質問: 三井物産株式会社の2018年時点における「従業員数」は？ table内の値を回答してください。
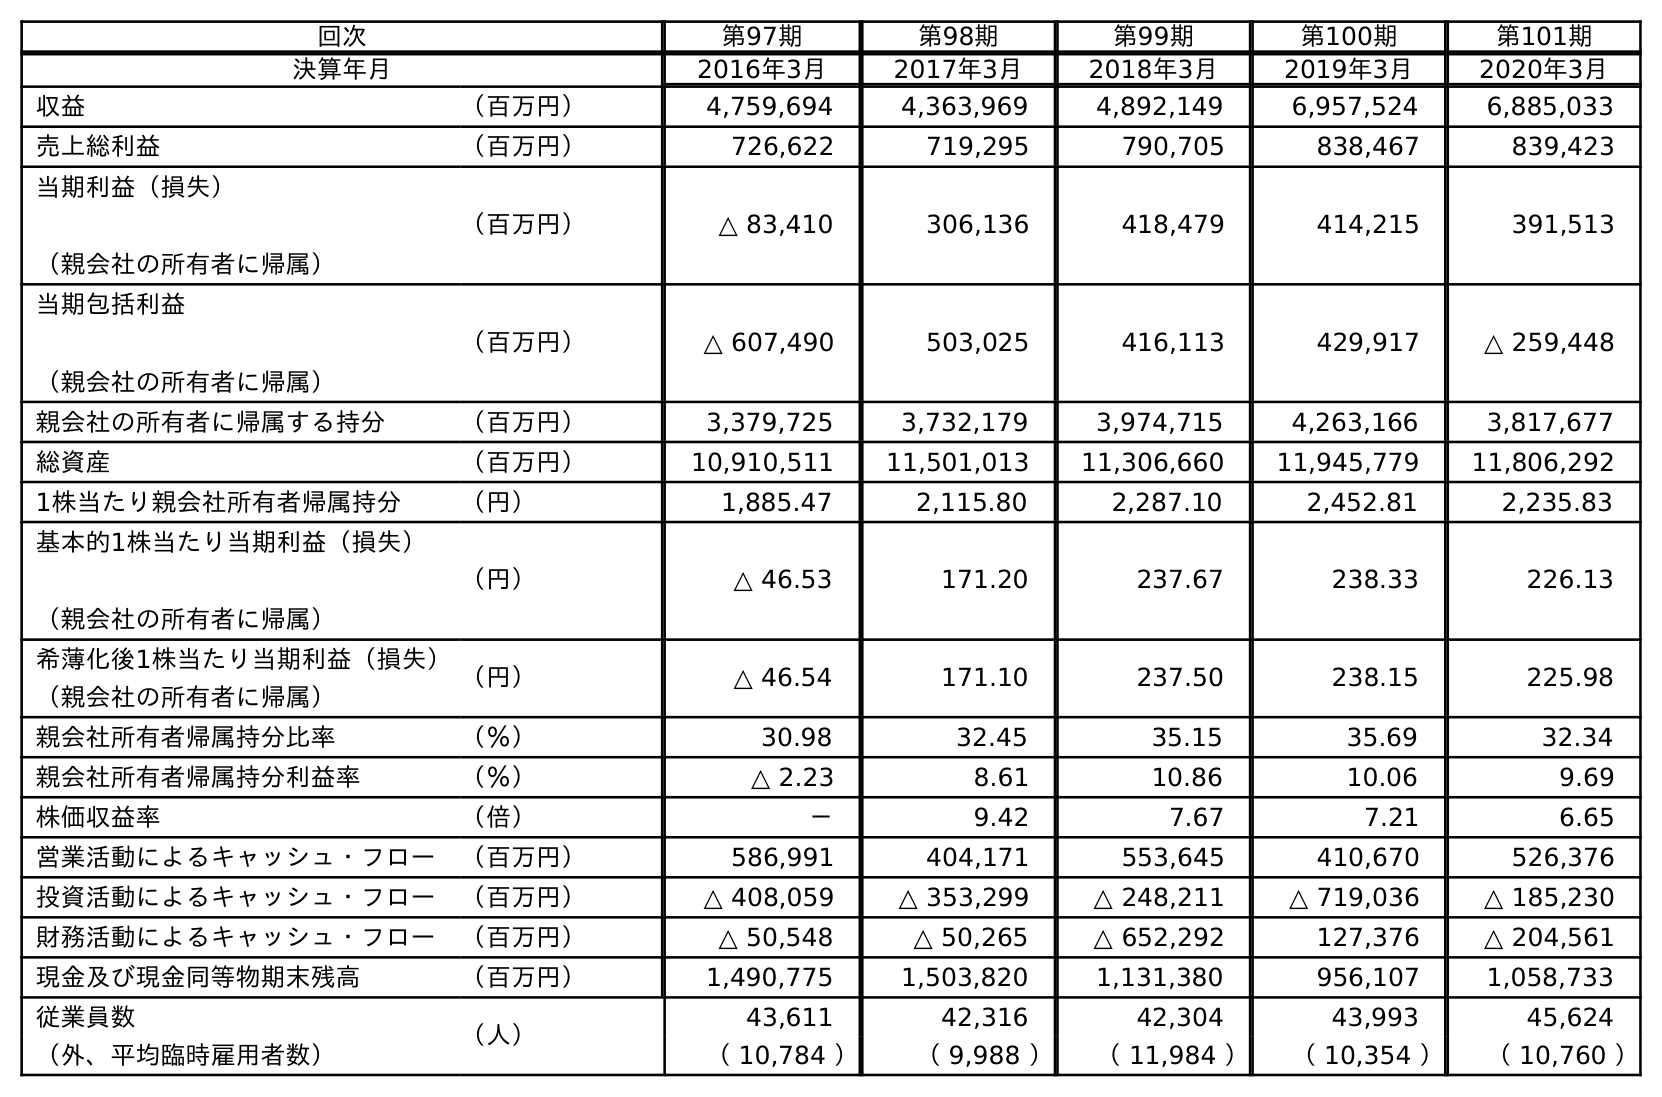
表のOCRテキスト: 回次 第97期 第98期 第99期 第100期 第101期 決算年月 2016年3月 2017年3月 2018年3月 2019年3月 2020年3月 収益 （百万円） 4,759,694 4,363,969 4,892,149 6,957,524 6,885,033 売上総利益 （百万円） 726,622 719,295 790,705 838,467 839,423 当期利益（損失） （親会社の所有者に帰属） （百万円） △ 83,410 306,136 418,479 414,215 391,513 当期包括利益 （親会社の所有者に帰属） （百万円） △ 607,490 503,025 416,113 429,917 △ 259,448 親会社の所有者に帰属する持分 （百万円） 3,379,725 3,732,179 3,974,715 4,263,166 3,817,677 総資産 （百万円） 10,910,511 11,501,013 11,306,660 11,945,779 11,806,292 1株当たり親会社所有者帰属持分 （円） 1,885.47 2,115.80 2,287.10 2,452.81 2,235.83 基本的1株当たり当期利益（損失） （親会社の所有者に帰属） （円） △ 46.53 171.20 237.67 238.33 226.13 希薄化後1株当たり当期利益（損失） （親会社の所有者に帰属） （円） △ 46.54 171.10 237.50 238.15 225.98 親会社所有者帰属持分比率 （％） 30.98 32.45 35.15 35.69 32.34 親会社所有者帰属持分利益率 （％） △ 2.23 8.61 10.86 10.06 9.69 株価収益率 （倍） － 9.42 7.67 7.21 6.65 営業活動によるキャッシュ・フロー （百万円） 586,991 404,171 553,645 410,670 526,376 投資活動によるキャッシュ・フロー （百万円） △ 408,059 △ 353,299 △ 248,211 △ 719,036 △ 185,230 財務活動によるキャッシュ・フロー （百万円） △ 50,548 △ 50,265 △ 652,292 127,376 △ 204,561 現金及び現金同等物期末残高 （百万円） 1,490,775 1,503,820 1,131,380 956,107 1,058,733 従業員数 （人） 43,611 42,316 42,304 43,993 45,624 （外、平均臨時雇用者数） （ 10,784 ） （ 9,988 ） （ 11,984 ） （ 10,354 ） （ 10,760 ）
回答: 42,304